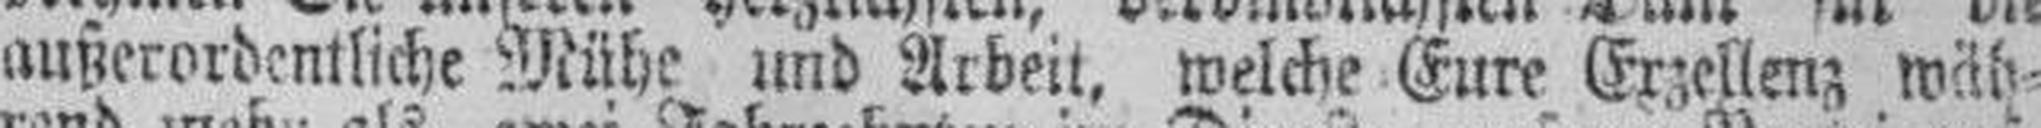
außerordentliche Mühe und Arbeit, welche Eure Erzellenz wäh¬